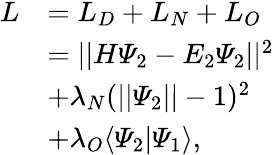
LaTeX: \begin{array}{rl}{L}&{=L_{D}+L_{N}+L_{O}}\\ &{=||H\varPsi_{2}-E_{2}\varPsi_{2}||^{2}}\\ &{+\lambda_{N}(||\varPsi_{2}||-1)^{2}}\\ &{+\lambda_{O}\langle\varPsi_{2}|\varPsi_{1}\rangle\vphantom{(||\varPsi_{2}||-1)^{2}},}\end{array}